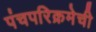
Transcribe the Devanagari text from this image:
पंचपरिक्रमेची